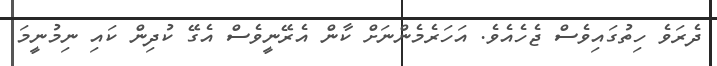
ދެރަވެ ހިތުގައިވެސް ޖެހެއެވެ. އަހަރެމެންނަށް ކާން އެރޭނީވެސް އެގޭ ކުދިން ކައި ނިމުނީމަ